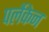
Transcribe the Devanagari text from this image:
पर्लेकेन